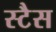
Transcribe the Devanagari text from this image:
स्टैस